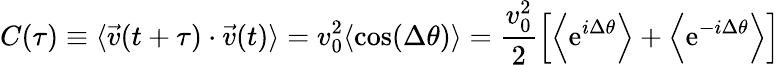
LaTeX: C(\tau)\equiv\langle\vec{v}(t+\tau)\cdot\vec{v}(t)\rangle=v_{0}^{2}\langle\mathrm{cos}(\Delta\theta)\rangle={\frac{v_{0}^{2}}{2}}\Big[\Big\langle\mathrm{e}^{i\Delta\theta}\Big\rangle+\Big\langle\mathrm{e}^{-i\Delta\theta}\Big\rangle\Big]